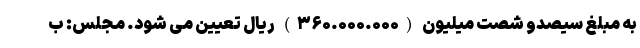
به مبلغ سیصدو شصت میلیون (۳۶۰.۰۰۰.۰۰۰) ریال تعیین می شود. مجلس: ب